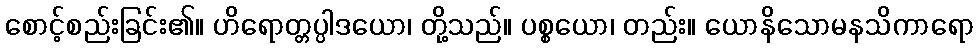
စောင့်စည်းခြင်း၏။ ဟိရောတ္တပ္ပါဒယော၊ တို့သည်။ ပစ္စယော၊ တည်း။ ယောနိသောမနသိကာရော